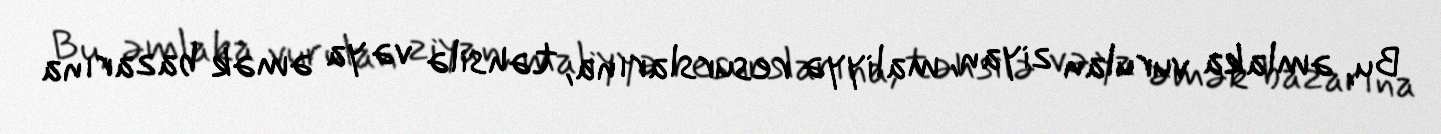
Bu, əmlaka vurulan ziyan, maliyyə resurslarına, təhsilə və ya əmək bazarına